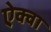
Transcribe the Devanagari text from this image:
ऐक्वा